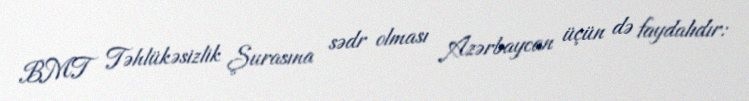
BMT Təhlükəsizlik Şurasına sədr olması Azərbaycan üçün də faydalıdır: